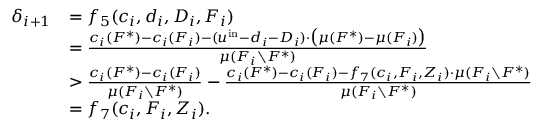
\begin{array} { r l } { \delta _ { i + 1 } } & { = f _ { 5 } ( c _ { i } , d _ { i } , D _ { i } , F _ { i } ) } \\ { } & { = \frac { c _ { i } ( F ^ { * } ) - c _ { i } ( F _ { i } ) - ( u ^ { \mathrm { i n } } - d _ { i } - D _ { i } ) \cdot \big ( \mu ( F ^ { * } ) - \mu ( F _ { i } ) \big ) } { \mu ( F _ { i } \setminus F ^ { * } ) } } \\ { } & { > \frac { c _ { i } ( F ^ { * } ) - c _ { i } ( F _ { i } ) } { \mu ( F _ { i } \setminus F ^ { * } ) } - \frac { c _ { i } ( F ^ { * } ) - c _ { i } ( F _ { i } ) - f _ { 7 } ( c _ { i } , F _ { i } , Z _ { i } ) \cdot \mu ( F _ { i } \setminus F ^ { * } ) } { \mu ( F _ { i } \setminus F ^ { * } ) } } \\ { } & { = f _ { 7 } ( c _ { i } , F _ { i } , Z _ { i } ) . } \end{array}